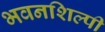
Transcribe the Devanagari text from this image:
भवनशिल्पी